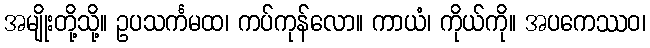
အမျိုးတို့သို့။ ဥပသင်္ကမထ၊ ကပ်ကုန်လော။ ကာယံ၊ ကိုယ်ကို။ အပကေဿဝ၊